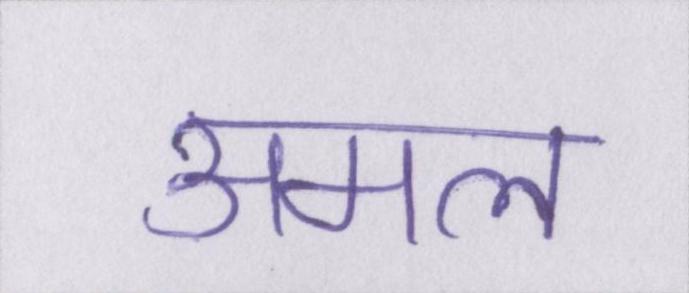
अमल